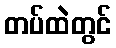
တပ်ထဲတွင်